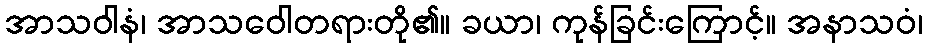
အာသဝါနံ၊ အာသဝေါတရားတို၏။ ခယာ၊ ကုန်ခြင်းကြောင့်။ အနာသဝံ၊